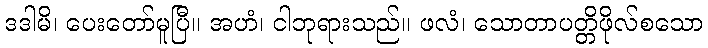
ဒဒါမိ၊ ပေးတော်မူပြီ။ အဟံ၊ ငါဘုရားသည်။ ဖလံ၊ သောတာပတ္တိဖိုလ်စသော